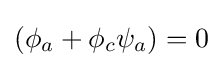
(\phi _{a}+\phi _{c}\psi _{a})=0